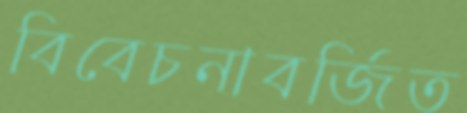
বিবেচনাবর্জিত